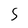
Character: 5